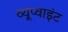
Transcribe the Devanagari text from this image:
व्यूप्वाइंट